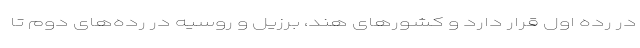
در رده اول قرار دارد و کشورهای هند، برزیل و روسیه در رده‌های دوم تا